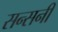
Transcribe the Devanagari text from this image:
सन्सनी